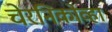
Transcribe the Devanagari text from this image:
चेरनिकोव्हा